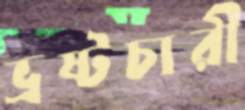
ভ্রষ্টচারী